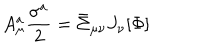
LaTeX: A _ { \mu } ^ { a } \frac { \sigma ^ { a } } { 2 } = \bar { \Sigma } _ { \mu \nu } J _ { \nu } [ \Phi ]